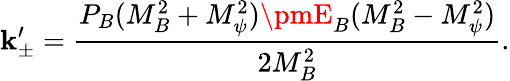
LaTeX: \mathbf{k}_{\pm}^{\prime}=\frac{{P_{B}(M_{B}^{2}+M_{\psi}^{2})\pmE_{B}(M_{B}^{2}-M_{\psi}^{2})}}{{2M_{B}^{2}}}.